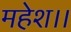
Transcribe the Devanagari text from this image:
महेश।।